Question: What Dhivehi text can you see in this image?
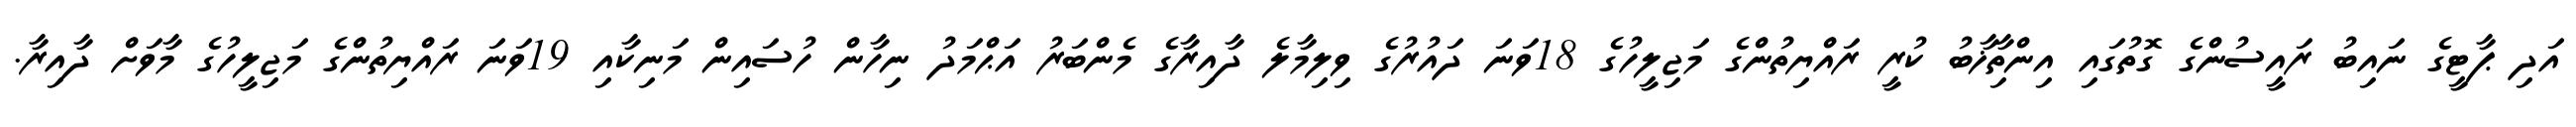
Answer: އަދި ޕާޓީގެ ނައިބު ރައީސުންގެ ގޮތުގައި އިންތިާޚާބު ކުރީ ރައްޔިތުންގެ މަޖިލީހުގެ 18ވަނަ ދައުރުގެ ވިލިމާލެ ދާއިރާގެ މެންބަރު އަޙްމަދު ނިހާން ހުސައިން މަނިކާއި 19ވަނަ ރައްޔިތުންގެ މަޖިލީހުގެ މާވަށް ދާއިރާ.